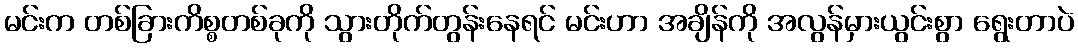
မင်းက တစ်ခြားကိစ္စတစ်ခုကို သွားတိုက်တွန်းနေရင် မင်းဟာ အချိန်ကို အလွန်မှားယွင်းစွာ ရွေးတာပဲ